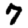
Digit: 7